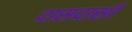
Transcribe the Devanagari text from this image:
दासदासी